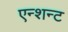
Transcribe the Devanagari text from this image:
एन्शन्ट